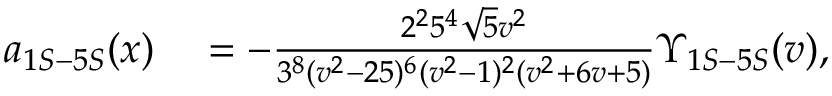
\begin{array} { r l } { a _ { 1 S - 5 S } ( x ) } & { { } = - \frac { 2 ^ { 2 } 5 ^ { 4 } \sqrt { 5 } v ^ { 2 } } { 3 ^ { 8 } ( v ^ { 2 } - 2 5 ) ^ { 6 } ( v ^ { 2 } - 1 ) ^ { 2 } ( v ^ { 2 } + 6 v + 5 ) } \Upsilon _ { 1 S - 5 S } ( v ) , } \end{array}